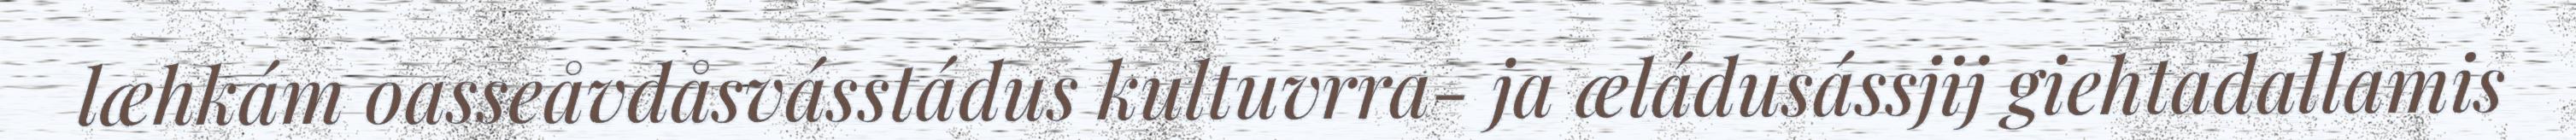
læhkám oasseåvdåsvásstádus kultuvrra- ja æládusássjij giehtadallamis